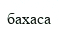
бахаса